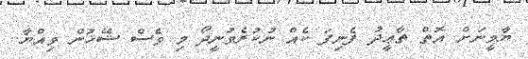
ޔާމީނަށް އޮތް ތާޢީދު ފެނިފަ ކެއް ނުކުރެވުނީދޯ މި ވެސް ޝޭޚުން ވިއްޔާ..